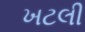
ખટલી